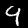
Label: 9